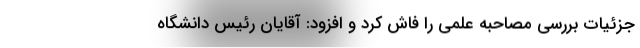
جزئیات بررسی مصاحبه علمی را فاش کرد و افزود: آقایان رئیس دانشگاه‌